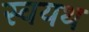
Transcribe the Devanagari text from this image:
स्वयथ